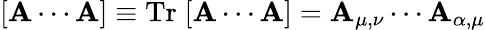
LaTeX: [\mathbf{A}\cdots\mathbf{A}]\equiv\mathrm{{Tr}}\; [\mathbf{A}\cdots\mathbf{A}]=\mathbf{A}_{\mu,\nu}\cdots\mathbf{A}_{\alpha,\mu}